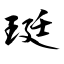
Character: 珽